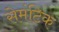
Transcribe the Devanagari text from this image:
सेमंटिक